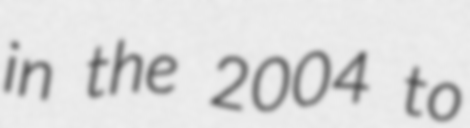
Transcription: in the 2004 to